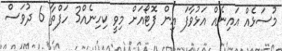
މުސަޅެއް އައިނެއް އަޅުވާފަ އިން ފޮޓޯއަށް މިވީ ކިހިނެއް3 ހަފްތާ 6 ދުވަސް